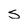
Character: s